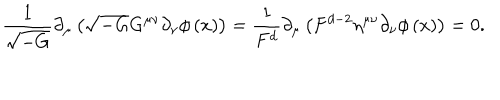
LaTeX: \frac 1 { \sqrt { - G } } \partial _ { \mu } \left( \sqrt { - G } G ^ { \mu \nu } \partial _ { \nu } \phi \left( x \right) \right) = \frac 1 { F ^ { d } } \partial _ { \mu } \left( F ^ { d - 2 } \eta ^ { \mu \nu } \partial _ { \nu } \phi \left( x \right) \right) = 0 .